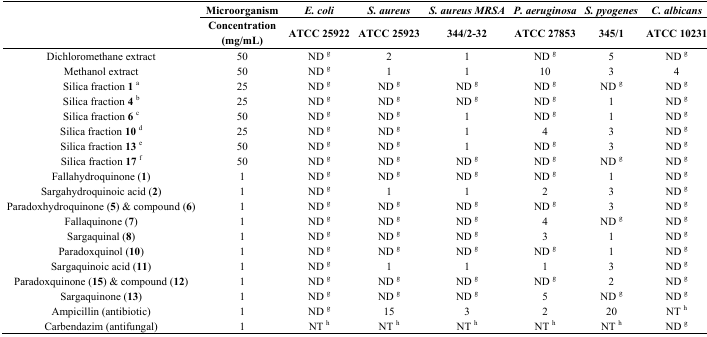
<table><thead><tr><td rowspan="2">[EMPTY_CELL]</td><td><b>Microorganism</b></td><td><b><i>E. coli</i></b></td><td><b><i>S. aureus</i></b></td><td><b><i>S. aureus MRSA</i></b></td><td><b><i>P. aeruginosa</i></b></td><td><b><i>S. pyogenes</i></b></td><td><b><i>C. albicans</i></b></td></tr><tr><td><b>Concentration (mg/mL)</b></td><td><b>ATCC 25922</b></td><td><b>ATCC 25923</b></td><td><b>344/2-32</b></td><td><b>ATCC 27853</b></td><td><b>345/1</b></td><td><b>ATCC 10231</b></td></tr></thead><tbody><tr><td>Dichloromethane extract</td><td>50</td><td>ND <sup>g</sup></td><td>2</td><td>1</td><td>ND <sup>g</sup></td><td>5</td><td>ND <sup>g</sup></td></tr><tr><td>Methanol extract</td><td>50</td><td>ND <sup>g</sup></td><td>1</td><td>1</td><td>10</td><td>3</td><td>4</td></tr><tr><td>Silica fraction <b>1</b><sup>a</sup></td><td>25</td><td>ND <sup>g</sup></td><td>ND <sup>g</sup></td><td>ND <sup>g</sup></td><td>ND <sup>g</sup></td><td>ND <sup>g</sup></td><td>ND <sup>g</sup></td></tr><tr><td>Silica fraction <b>4</b><sup>b</sup></td><td>25</td><td>ND <sup>g</sup></td><td>ND <sup>g</sup></td><td>ND <sup>g</sup></td><td>ND <sup>g</sup></td><td>1</td><td>ND <sup>g</sup></td></tr><tr><td>Silica fraction <b>6</b><sup>c</sup></td><td>50</td><td>ND <sup>g</sup></td><td>ND <sup>g</sup></td><td>1</td><td>ND <sup>g</sup></td><td>1</td><td>ND <sup>g</sup></td></tr><tr><td>Silica fraction <b>10</b><sup>d</sup></td><td>25</td><td>ND <sup>g</sup></td><td>ND <sup>g</sup></td><td>1</td><td>4</td><td>3</td><td>ND <sup>g</sup></td></tr><tr><td>Silica fraction <b>13</b><sup>e</sup></td><td>50</td><td>ND <sup>g</sup></td><td>ND <sup>g</sup></td><td>1</td><td>ND <sup>g</sup></td><td>3</td><td>ND <sup>g</sup></td></tr><tr><td>Silica fraction <b>17</b><sup>f</sup></td><td>50</td><td>ND <sup>g</sup></td><td>ND <sup>g</sup></td><td>ND <sup>g</sup></td><td>ND <sup>g</sup></td><td>ND <sup>g</sup></td><td>ND <sup>g</sup></td></tr><tr><td>Fallahydroquinone (<b>1</b>)</td><td>1</td><td>ND <sup>g</sup></td><td>ND <sup>g</sup></td><td>ND <sup>g</sup></td><td>ND <sup>g</sup></td><td>1</td><td>ND <sup>g</sup></td></tr><tr><td>Sargahydroquinoic acid (<b>2</b>)</td><td>1</td><td>ND <sup>g</sup></td><td>1</td><td>1</td><td>2</td><td>3</td><td>ND <sup>g</sup></td></tr><tr><td>Paradoxhydroquinone (<b>5</b>) &amp; compound (<b>6</b>)</td><td>1</td><td>ND <sup>g</sup></td><td>ND <sup>g</sup></td><td>ND <sup>g</sup></td><td>ND <sup>g</sup></td><td>3</td><td>ND <sup>g</sup></td></tr><tr><td>Fallaquinone (<b>7</b>)</td><td>1</td><td>ND <sup>g</sup></td><td>ND <sup>g</sup></td><td>ND <sup>g</sup></td><td>4</td><td>ND <sup>g</sup></td><td>ND <sup>g</sup></td></tr><tr><td>Sargaquinal (<b>8</b>)</td><td>1</td><td>ND <sup>g</sup></td><td>ND <sup>g</sup></td><td>ND <sup>g</sup></td><td>3</td><td>1</td><td>ND <sup>g</sup></td></tr><tr><td>Paradoxquinol (<b>10</b>)</td><td>1</td><td>ND <sup>g</sup></td><td>ND <sup>g</sup></td><td>ND <sup>g</sup></td><td>ND <sup>g</sup></td><td>1</td><td>ND <sup>g</sup></td></tr><tr><td>Sargaquinoic acid (<b>11</b>)</td><td>1</td><td>ND <sup>g</sup></td><td>1</td><td>1</td><td>1</td><td>3</td><td>ND <sup>g</sup></td></tr><tr><td>Paradoxquinone (<b>15</b>) &amp; compound (<b>12</b>)</td><td>1</td><td>ND <sup>g</sup></td><td>ND <sup>g</sup></td><td>ND <sup>g</sup></td><td>ND <sup>g</sup></td><td>2</td><td>ND <sup>g</sup></td></tr><tr><td>Sargaquinone (<b>13</b>)</td><td>1</td><td>ND <sup>g</sup></td><td>ND <sup>g</sup></td><td>ND <sup>g</sup></td><td>5</td><td>ND <sup>g</sup></td><td>ND <sup>g</sup></td></tr><tr><td>Ampicillin (antibiotic)</td><td>1</td><td>ND <sup>g</sup></td><td>15</td><td>3</td><td>2</td><td>20</td><td>NT <sup>h</sup></td></tr><tr><td>Carbendazim (antifungal)</td><td>1</td><td>NT <sup>h</sup></td><td>NT <sup>h</sup></td><td>NT <sup>h</sup></td><td>NT <sup>h</sup></td><td>NT <sup>h</sup></td><td>ND <sup>g</sup></td></tr></tbody></table>